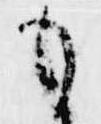
も